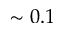
\sim 0 . 1